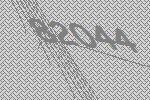
82044